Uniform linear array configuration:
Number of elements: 16
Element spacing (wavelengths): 0.25
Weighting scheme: kaiser
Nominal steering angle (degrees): -60
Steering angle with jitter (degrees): -60.652
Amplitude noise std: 0.05
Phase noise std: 0.05

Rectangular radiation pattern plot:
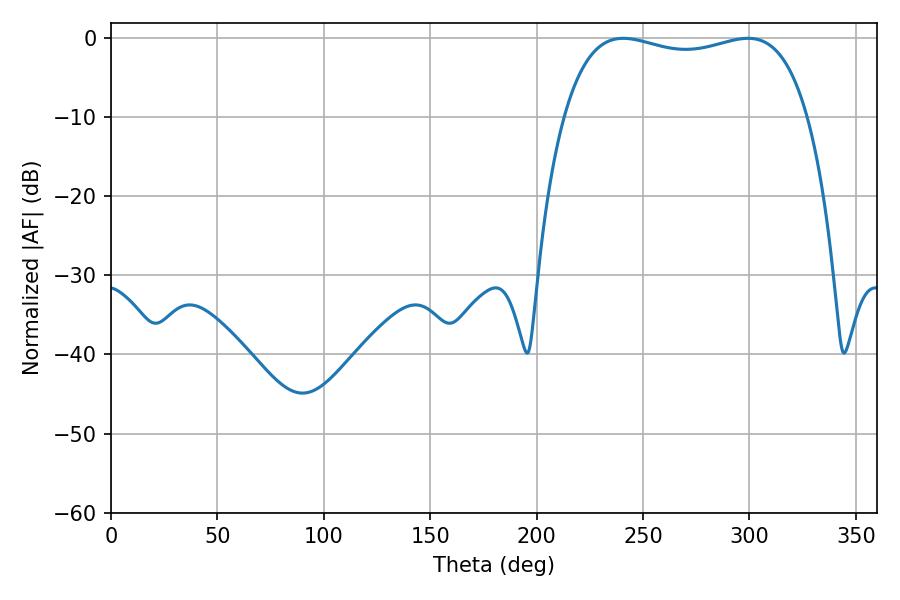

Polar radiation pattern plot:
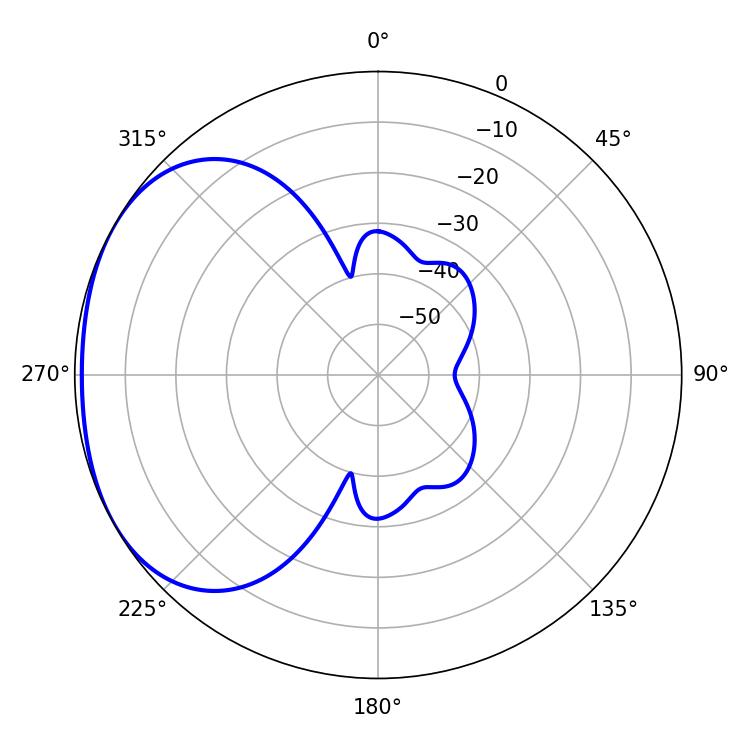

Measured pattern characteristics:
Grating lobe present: FALSE
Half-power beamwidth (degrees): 93.24
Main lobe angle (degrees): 240.66